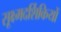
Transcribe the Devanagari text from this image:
सूक्ष्मदर्शिकियों